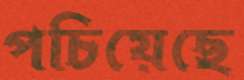
পচিয়েছে